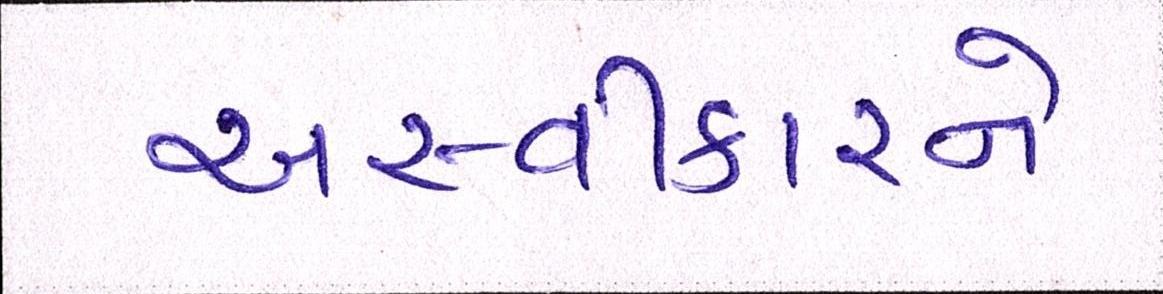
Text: અસ્વીકારને